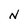
Character: N